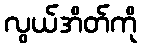
လွယ်အိတ်ကို